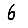
Digit: 6